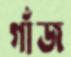
গাঁজ